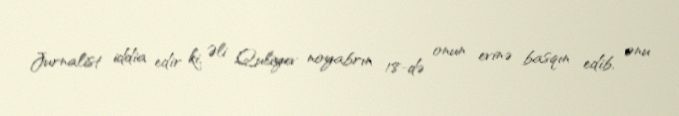
Jurnalist iddia edir ki, Əli Quliyev noyabrın 18-də onun evinə basqın edib, onu